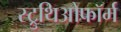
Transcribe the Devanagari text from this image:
स्ट्रुथिओफॉर्म